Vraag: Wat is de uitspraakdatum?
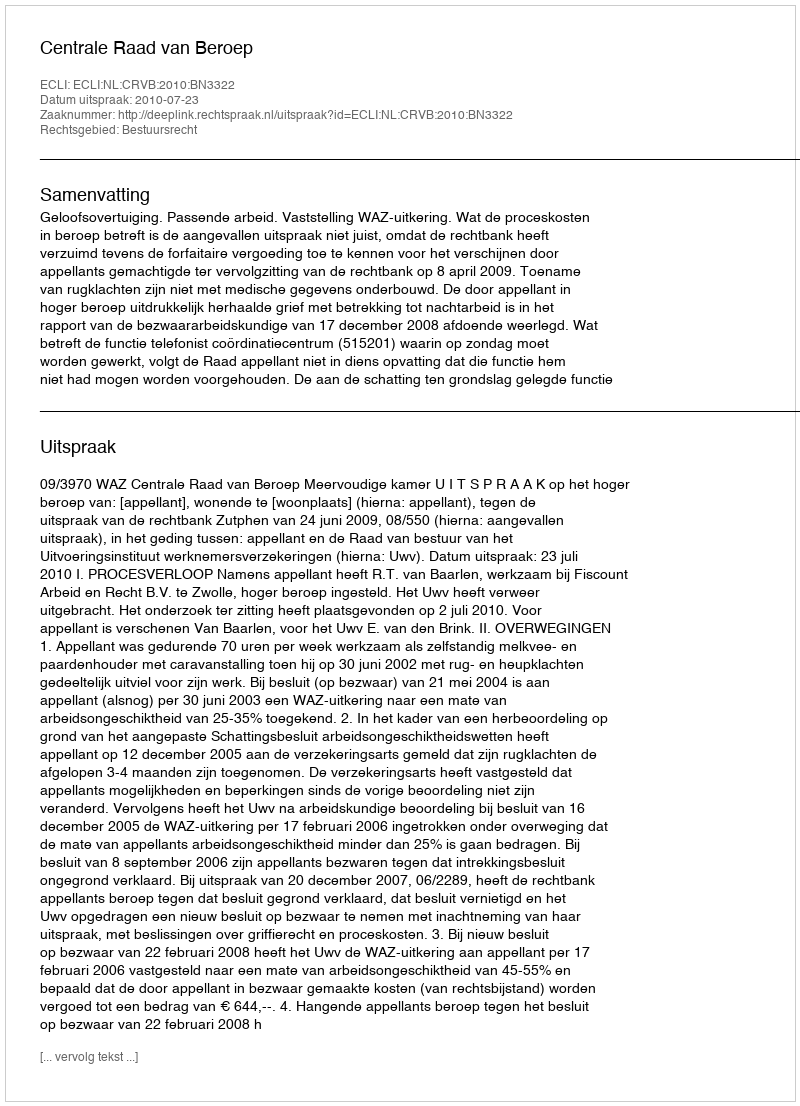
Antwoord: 2010-07-23